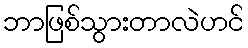
ဘာဖြစ်သွားတာလဲဟင်